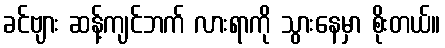
ခင်ဗျား ဆန့်ကျင်ဘက် လားရာကို သွားနေမှာ စိုးတယ်။